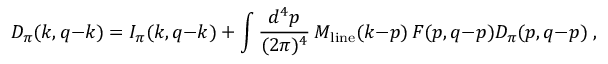
{ \cal D } _ { \pi } ( k , q { - } k ) = { \cal I } _ { \pi } ( k , q { - } k ) + \int { \frac { d ^ { 4 } p } { ( 2 \pi ) ^ { 4 } } } \, { \cal M } _ { \mathrm { l i n e } } ( k { - } p ) \, { \cal F } ( p , q { - } p ) { \cal D } _ { \pi } ( p , q { - } p ) \; ,